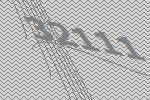
32111